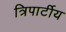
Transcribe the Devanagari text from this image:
त्रिपार्टीय